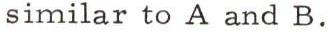
similar to A and B.